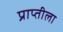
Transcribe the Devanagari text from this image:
प्राप्तीला